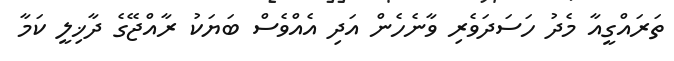
ތަރައްގީއާ މެދު ހަސަދަވެރި ވާނެހެން އަދި އެއްވެސް ބަޔަކު ރާއްޖޭގެ ދާޚިލީ ކަމާ